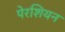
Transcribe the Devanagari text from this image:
पेरशियन